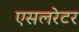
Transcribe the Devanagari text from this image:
एसलरेटर